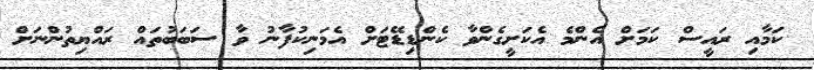
ކަމާއި ރައީސް ކަމަށް އެންމެ އެކަށީގެންވާ ކެންޑިޑޭޓަށް އެމަނިކުފާނު ވާ ސަބަބުތައް ރައްޔިތުންނަށް